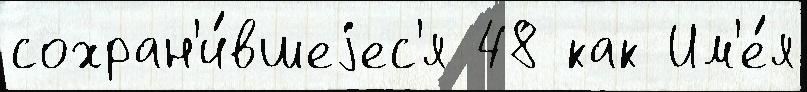
сохран'и́вшеjес'я 48 как Им'е́я